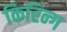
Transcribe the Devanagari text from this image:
किरिन्ग